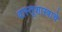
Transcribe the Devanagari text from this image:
वास्तूशास्त्राचे